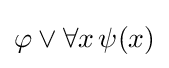
\varphi \lor \forall x\,\psi (x)